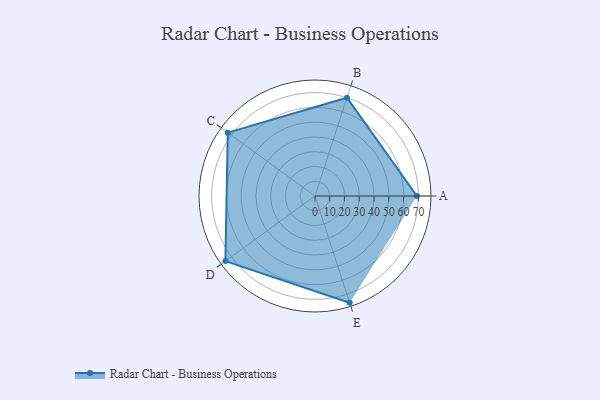
{"axis": {"x": "Skill", "y": "Score"}, "legend": ["Profile"], "data": [{"x": "A", "y": 69.0, "type": "Profile"}, {"x": "B", "y": 70.0, "type": "Profile"}, {"x": "C", "y": 73.0, "type": "Profile"}, {"x": "D", "y": 75.0, "type": "Profile"}, {"x": "E", "y": 76.0, "type": "Profile"}]}